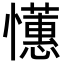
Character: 𢤺